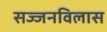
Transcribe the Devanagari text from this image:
सज्जनविलास